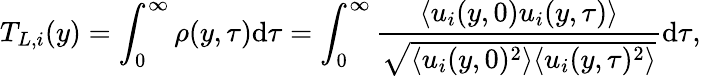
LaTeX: T_{L,i}(y)=\int_{0}^{\infty}\rho(y,\tau)\mathrm{d}\tau=\int_{0}^{\infty}\frac{\langle u_{i}(y,0)u_{i}(y,\tau)\rangle}{\sqrt{\langle u_{i}(y,0)^{2}\rangle\langle u_{i}(y,\tau)^{2}\rangle}}\mathrm{d}\tau,